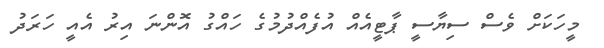
މީހަކަށް ވެސް ސިޔާސީ ޕާޓީއެއް އުފެއްދުމުގެ ހައްގު އޮންނަ އިރު އެއީ ހަރަދު